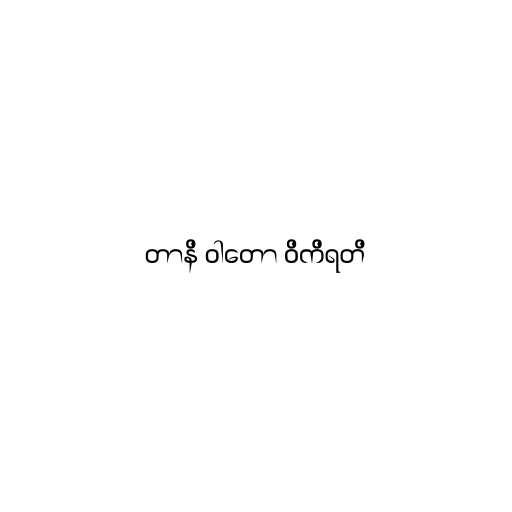
တာနိ ဝါတော ဝိကိရတိ